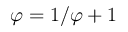
\varphi = 1 / \varphi + 1